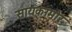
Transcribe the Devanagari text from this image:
सायकामोर